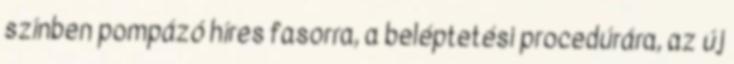
színben pompázó híres fasorra, a beléptetési procedúrára, az új